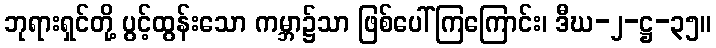
ဘုရားရှင်တို့ ပွင့်ထွန်းသော ကမ္ဘာ၌သာ ဖြစ်ပေါ်ကြကြောင်း၊ ဒီဃ-၂-ဋ္ဌ-၃၅။